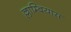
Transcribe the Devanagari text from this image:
ल्लाम्बियास